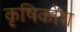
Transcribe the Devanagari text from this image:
कृषिकोश